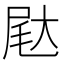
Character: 𰍺